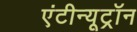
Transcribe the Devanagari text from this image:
एंटीन्यूट्रॉन